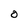
Character: 0